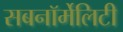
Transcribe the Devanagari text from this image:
सबनॉर्मेलिटी